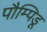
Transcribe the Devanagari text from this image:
पौम्पिडू